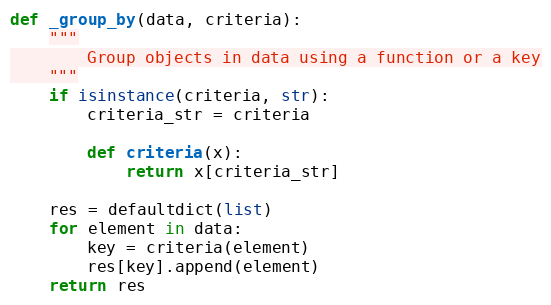
Language: Python
def _group_by(data, criteria):
    """
        Group objects in data using a function or a key
    """
    if isinstance(criteria, str):
        criteria_str = criteria

        def criteria(x):
            return x[criteria_str]

    res = defaultdict(list)
    for element in data:
        key = criteria(element)
        res[key].append(element)
    return res